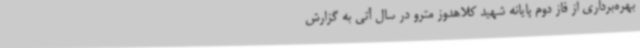
بهره‌برداری از فاز دوم پایانه شهید کلاهدوز مترو در سال آتی به گزارش